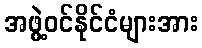
အဖွဲ့ဝင်နိုင်ငံများအား